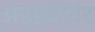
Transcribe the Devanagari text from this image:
अड्ड्यांवर